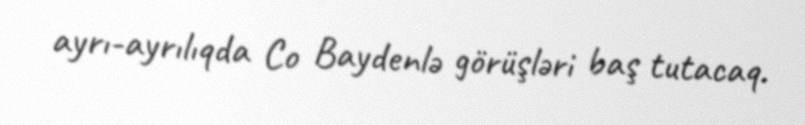
ayrı-ayrılıqda Co Baydenlə görüşləri baş tutacaq.